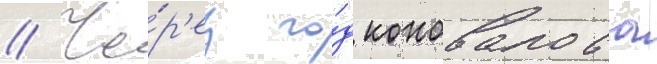
// Че́р'ез го́д коновалова